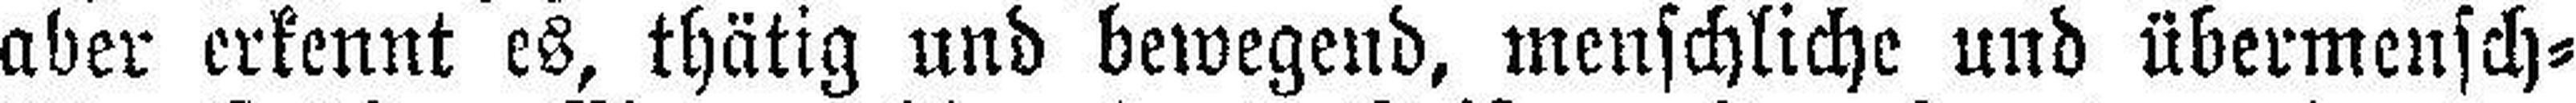
aber erkennt es, thätig und bewegend, menschliche und übermensch¬